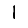
Digit: 1